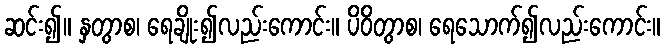
ဆင်း၍။ နှတွာစ၊ ရေချိုး၍လည်းကောင်း။ ပိဝိတွာစ၊ ရေသောက်၍လည်းကောင်း။